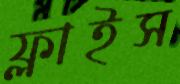
ফ্লাইস